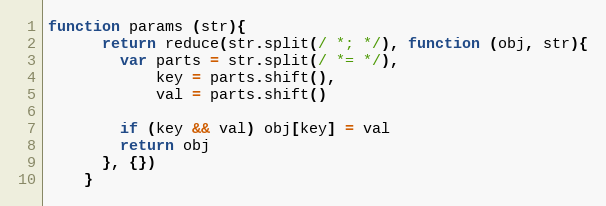
Language: JavaScript
function params (str){
      return reduce(str.split(/ *; */), function (obj, str){
        var parts = str.split(/ *= */),
            key = parts.shift(),
            val = parts.shift()

        if (key && val) obj[key] = val
        return obj
      }, {})
    }